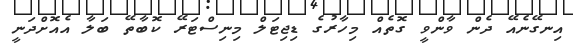
އިނގޭނެއޭ ދެން ވާންވީ ގޮތެއް މިހާރުގެ ޑިޖިޓަލް މިނިސްޓަރޭ ކޮބާތޭ ބަލާ އެއޮށްދަނީ